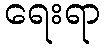
ရေးရာ